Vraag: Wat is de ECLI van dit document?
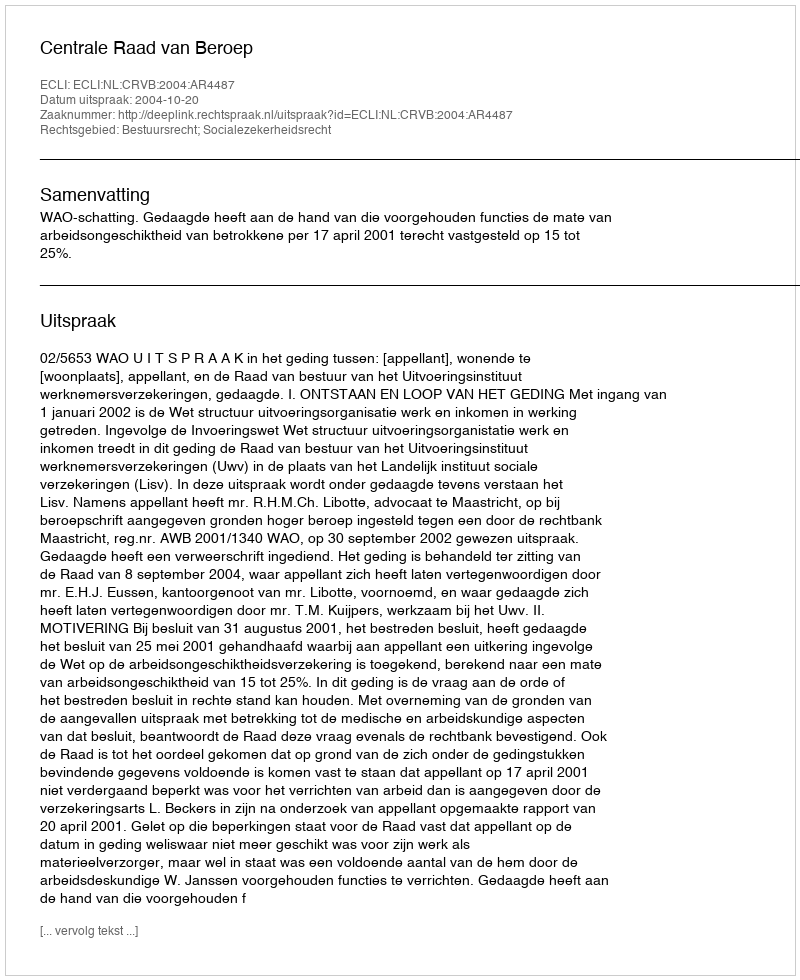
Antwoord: ECLI:NL:CRVB:2004:AR4487